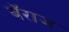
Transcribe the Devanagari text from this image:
बॅराज